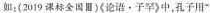
如：(2019课标全国Ⅲ)《论语▪子罕》中，孔子用“___，